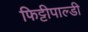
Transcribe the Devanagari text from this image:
फिट्टीपाल्डी